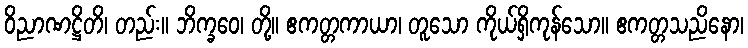
ဝိညာဏဋ္ဌိတိ၊ တည်း။ ဘိက္ခဝေ၊ တို့။ ဧကတ္တကာယာ၊ တူသော ကိုယ်ရှိကုန်သော။ ဧကတ္တသညိနော၊